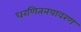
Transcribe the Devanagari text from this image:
धरणितनयावरण